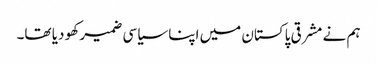
ہم نے مشرقی پاکستان میں اپنا سیاسی ضمیر کھو دیا تھا۔